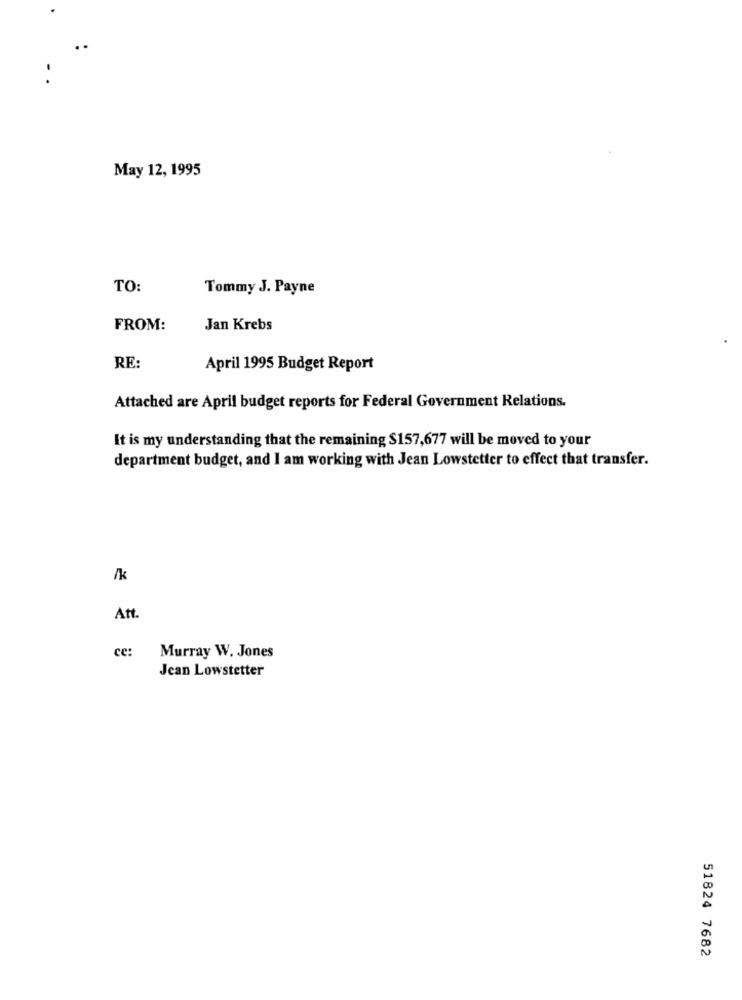
May 12, 1995
TO:
Tommy J. Payne
FROM:
Jan Krebs
RE:
April 1995 Budget Report
Attached are April budget reports for Federal Government Relations.
It is my understanding that the remaining $157,677 will be moved to your
department budget, and I am working with Jean Lowstetter to effect that transfer.
/k
Att.
ce:
Murray W. Jones
Jean Lowstetter
51824 7682